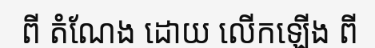
ពី តំណែង ដោយ លើកឡើង ពី